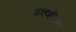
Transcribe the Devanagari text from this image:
प्रश्णचिन्ह